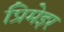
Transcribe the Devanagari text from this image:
प्रिमेइर